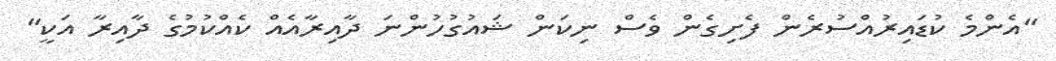
"އެންމެ ކުޑައިރުއްސުރެން ފެށިގެން ވެސް ނިކަން ޝައުގުހުންނަ ދާއިރާއެއް ކެއްކުމުގެ ދާއިރާ އަކީ"